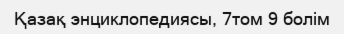
Қазақ энциклопедиясы, 7том 9 болім